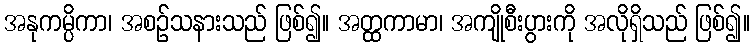
အနုကမ္ပိကာ၊ အစဉ်သနားသည် ဖြစ်၍။ အတ္ထကာမာ၊ အကျိုစီးပွားကို အလိုရှိသည် ဖြစ်၍။